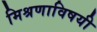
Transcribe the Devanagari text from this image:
मिश्रणाविषयी